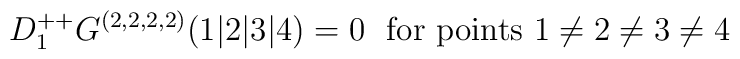
D^{++}_1 G^{(2,2,2,2)}(1\vert 2\vert 3\vert 4) = 0 \ \ \mbox{for points $1\neq 2\neq 3\neq 4$}